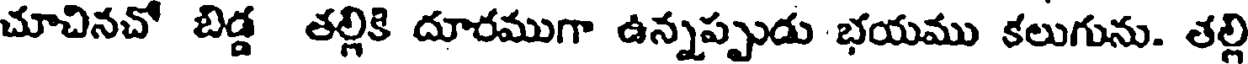
చూచినచో బిడ్డ తల్లికి దూరముగా ఉన్నప్పుడు భయము కలుగును. తల్లి